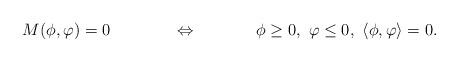
LaTeX: \begin{align*}M(\phi, \varphi) &= 0 & &\Leftrightarrow & \phi &\ge 0, \ \varphi \le 0, \ \langle \phi, \varphi \rangle = 0.\end{align*}